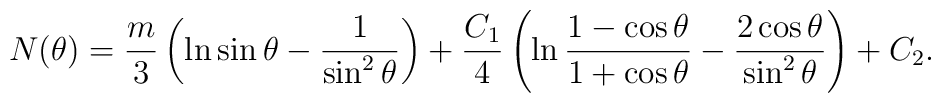
N(\theta) = \frac{m}3 \left( \ln \sin\theta - \frac1{\sin^2\theta}\right) + \frac{C_1}4 \left( \ln \frac{1-\cos\theta}{1+\cos\theta}- \frac{2\cos\theta}{\sin^2\theta} \right) + C_2.